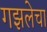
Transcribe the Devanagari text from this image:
गझलेचा